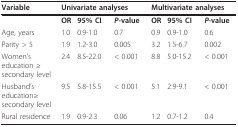
| Variable | <COLSPAN=3> Univariate analyses | <COLSPAN=3> Multivariate analyses |
 | --- | --- | --- | --- | --- | --- | --- |
 |  | OR | 95% CI | P-value | OR | 95% CI | P-value |
 | Age, years | 1.0 | 0.9-1.0 | 0.7 | 0.9 | 0.9-1.0 | 0.6 |
 | Parity > 5 | 1.9 | 1.2-3.0 | 0.005 | 3.2 | 1.5-6.7 | 0.002 |
 | Women's education ≥ secondary level | 2.4 | 8.5-22.0 | < 0.001 | 8.8 | 5.0-15.2 | < 0.001 |
 | Husband's education≥ secondary level | 9.5 | 5.8-15.5 | < 0.001 | 5.1 | 2.9-9.1 | < 0.001 |
 | Rural residence | 1.9 | 0.9-2.3 | 0.06 | 1.2 | 0.7-1.2 | 0.4 |